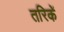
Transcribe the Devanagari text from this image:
तरिकें